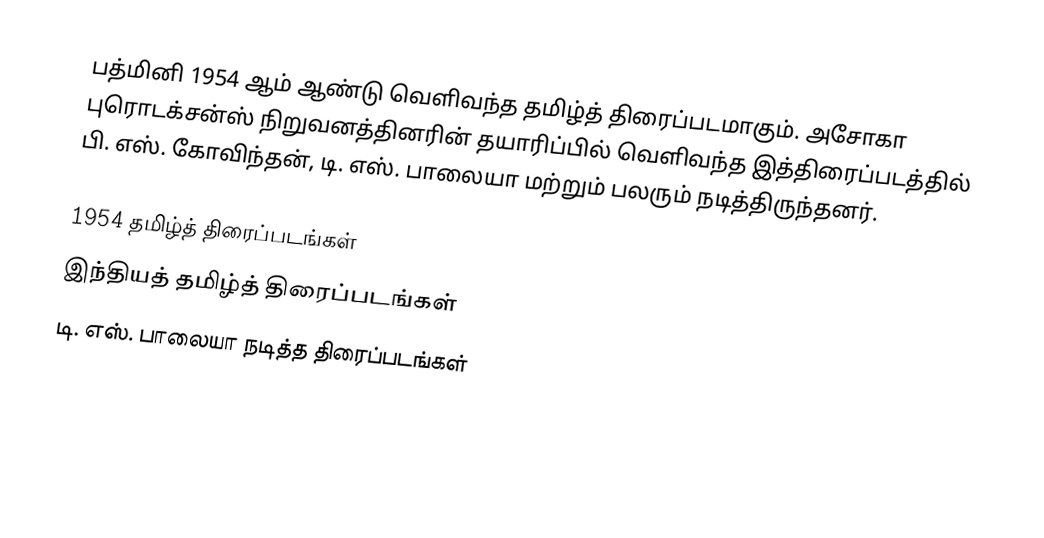
பத்மினி 1954 ஆம் ஆண்டு வெளிவந்த தமிழ்த் திரைப்படமாகும். அசோகா புரொடக்சன்ஸ் நிறுவனத்தினரின் தயாரிப்பில் வெளிவந்த இத்திரைப்படத்தில் பி. எஸ். கோவிந்தன், டி. எஸ். பாலையா மற்றும் பலரும் நடித்திருந்தனர்.

1954 தமிழ்த் திரைப்படங்கள்
இந்தியத் தமிழ்த் திரைப்படங்கள்
டி. எஸ். பாலையா நடித்த திரைப்படங்கள்